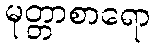
မုတ္တာစာရော